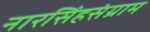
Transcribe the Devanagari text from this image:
नारसिंहसंग्राम